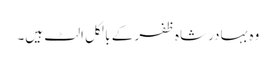
وہ بہادر شاہ ظفر کے بالکل الٹ ہیں۔